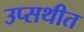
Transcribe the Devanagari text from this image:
उप्सथीत